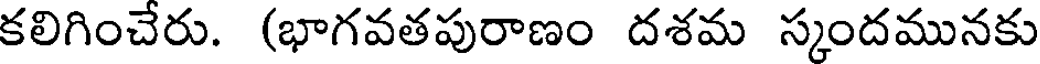
కలిగించేరు. (భాగవతపురాణం దశమ స్కందమునకు